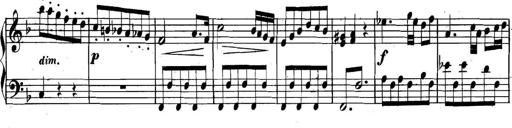
Title: Collected Piano Sonatas
Composer: Muzio Clementi